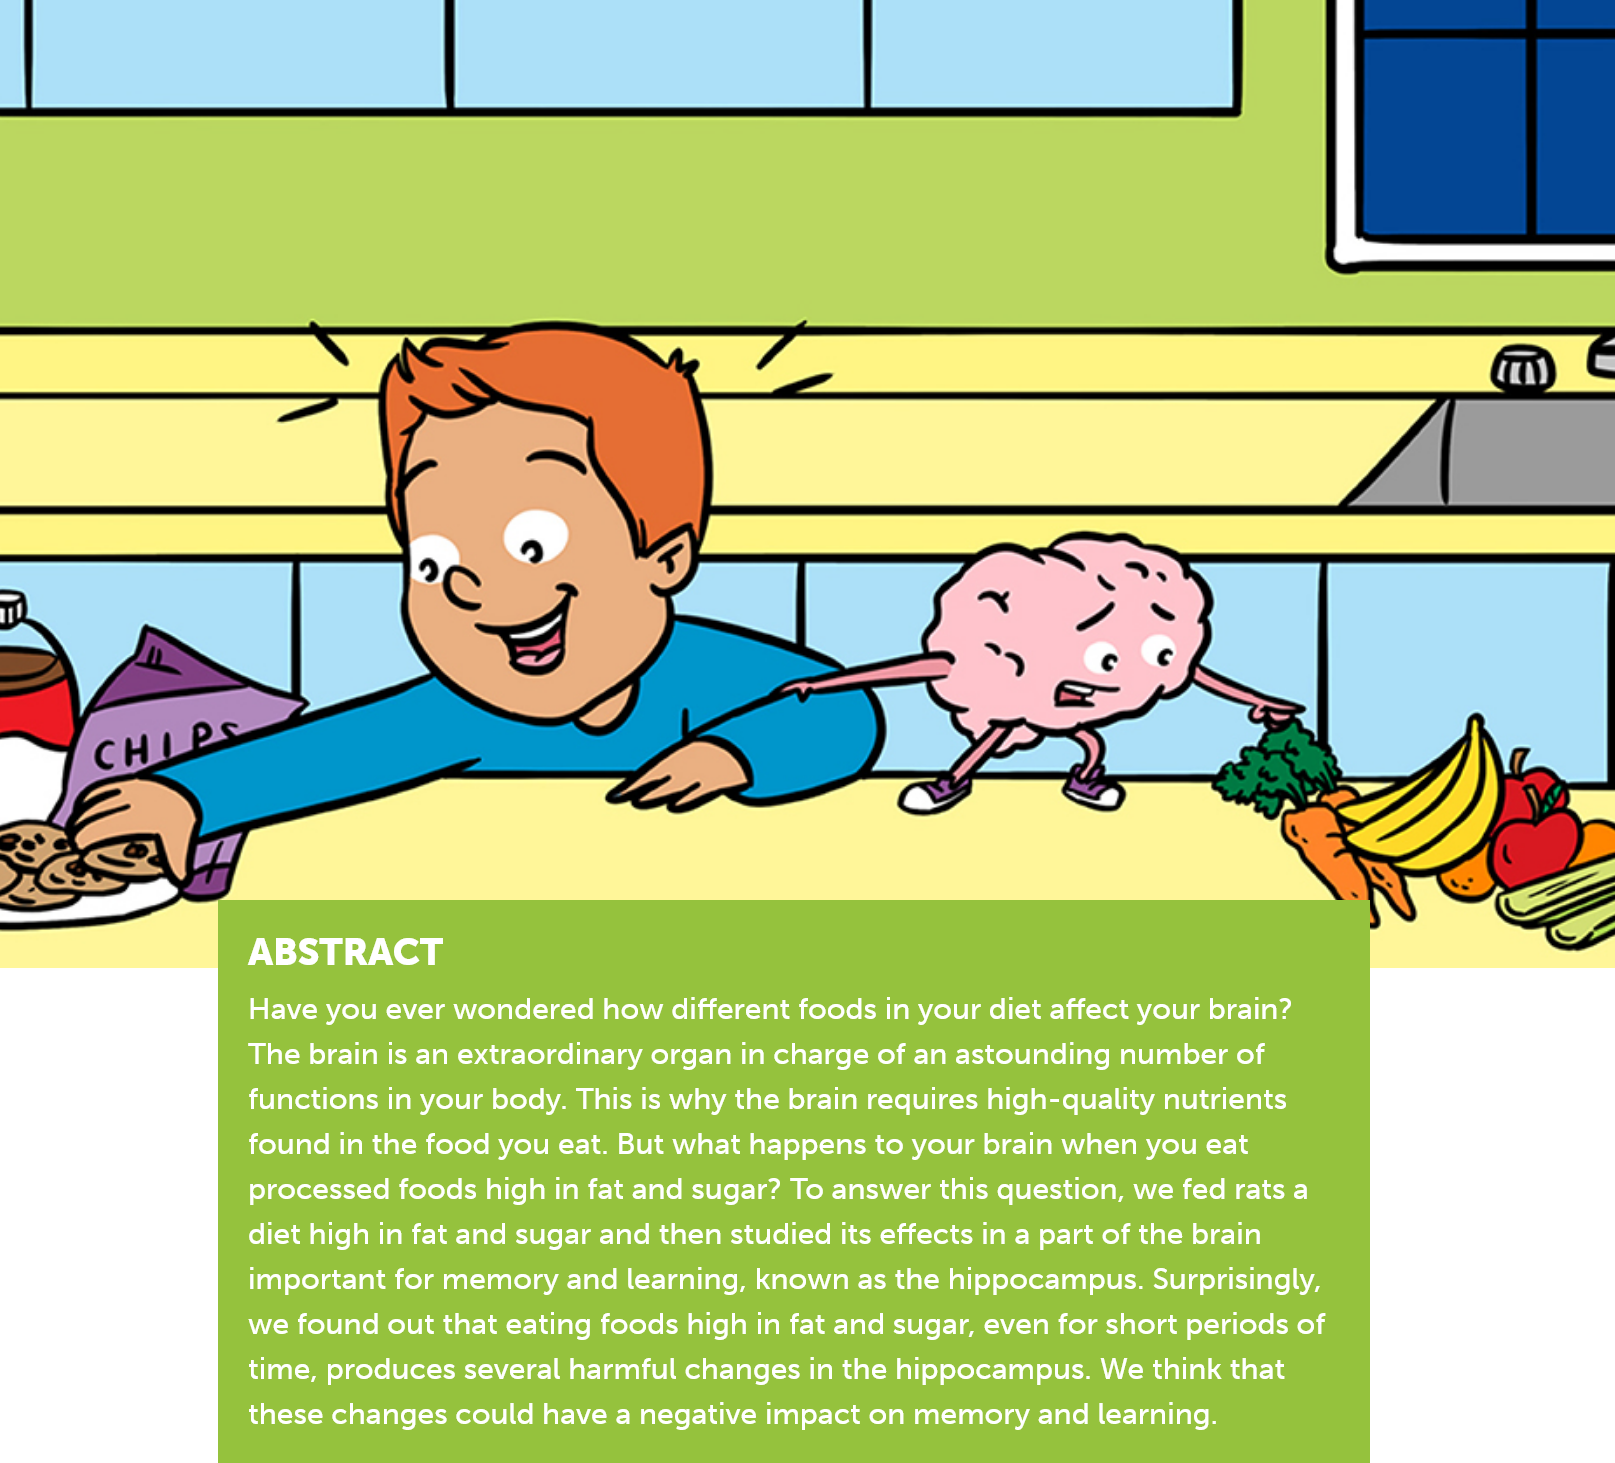
ABSTRACT
     Have you ever wondered how different foods in your diet affect your brain?
     The brain is an extraordinary organ in charge of an astounding number of
     functions in your body. This is why the brain requires high-quality nutrients
     found in the food you eat. But what happens to your brain when you eat
     processed foods high in fat and sugar? To answer this question, we fed rats a
     diet high in fat and sugar and then studied its effects in a part of the brain
     important for memory and learning, known as the hippocampus. Surprisingly,
     we found out that eating foods high in fat and sugar, even for short periods of
     time, produces several harmful changes in the hippocampus. We think that
     these changes could have a negative impact on memory and learning.